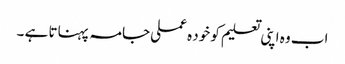
اب وہ اپنی تعلیم کو خود ہ عملی جامہ پہناتا ہے ۔